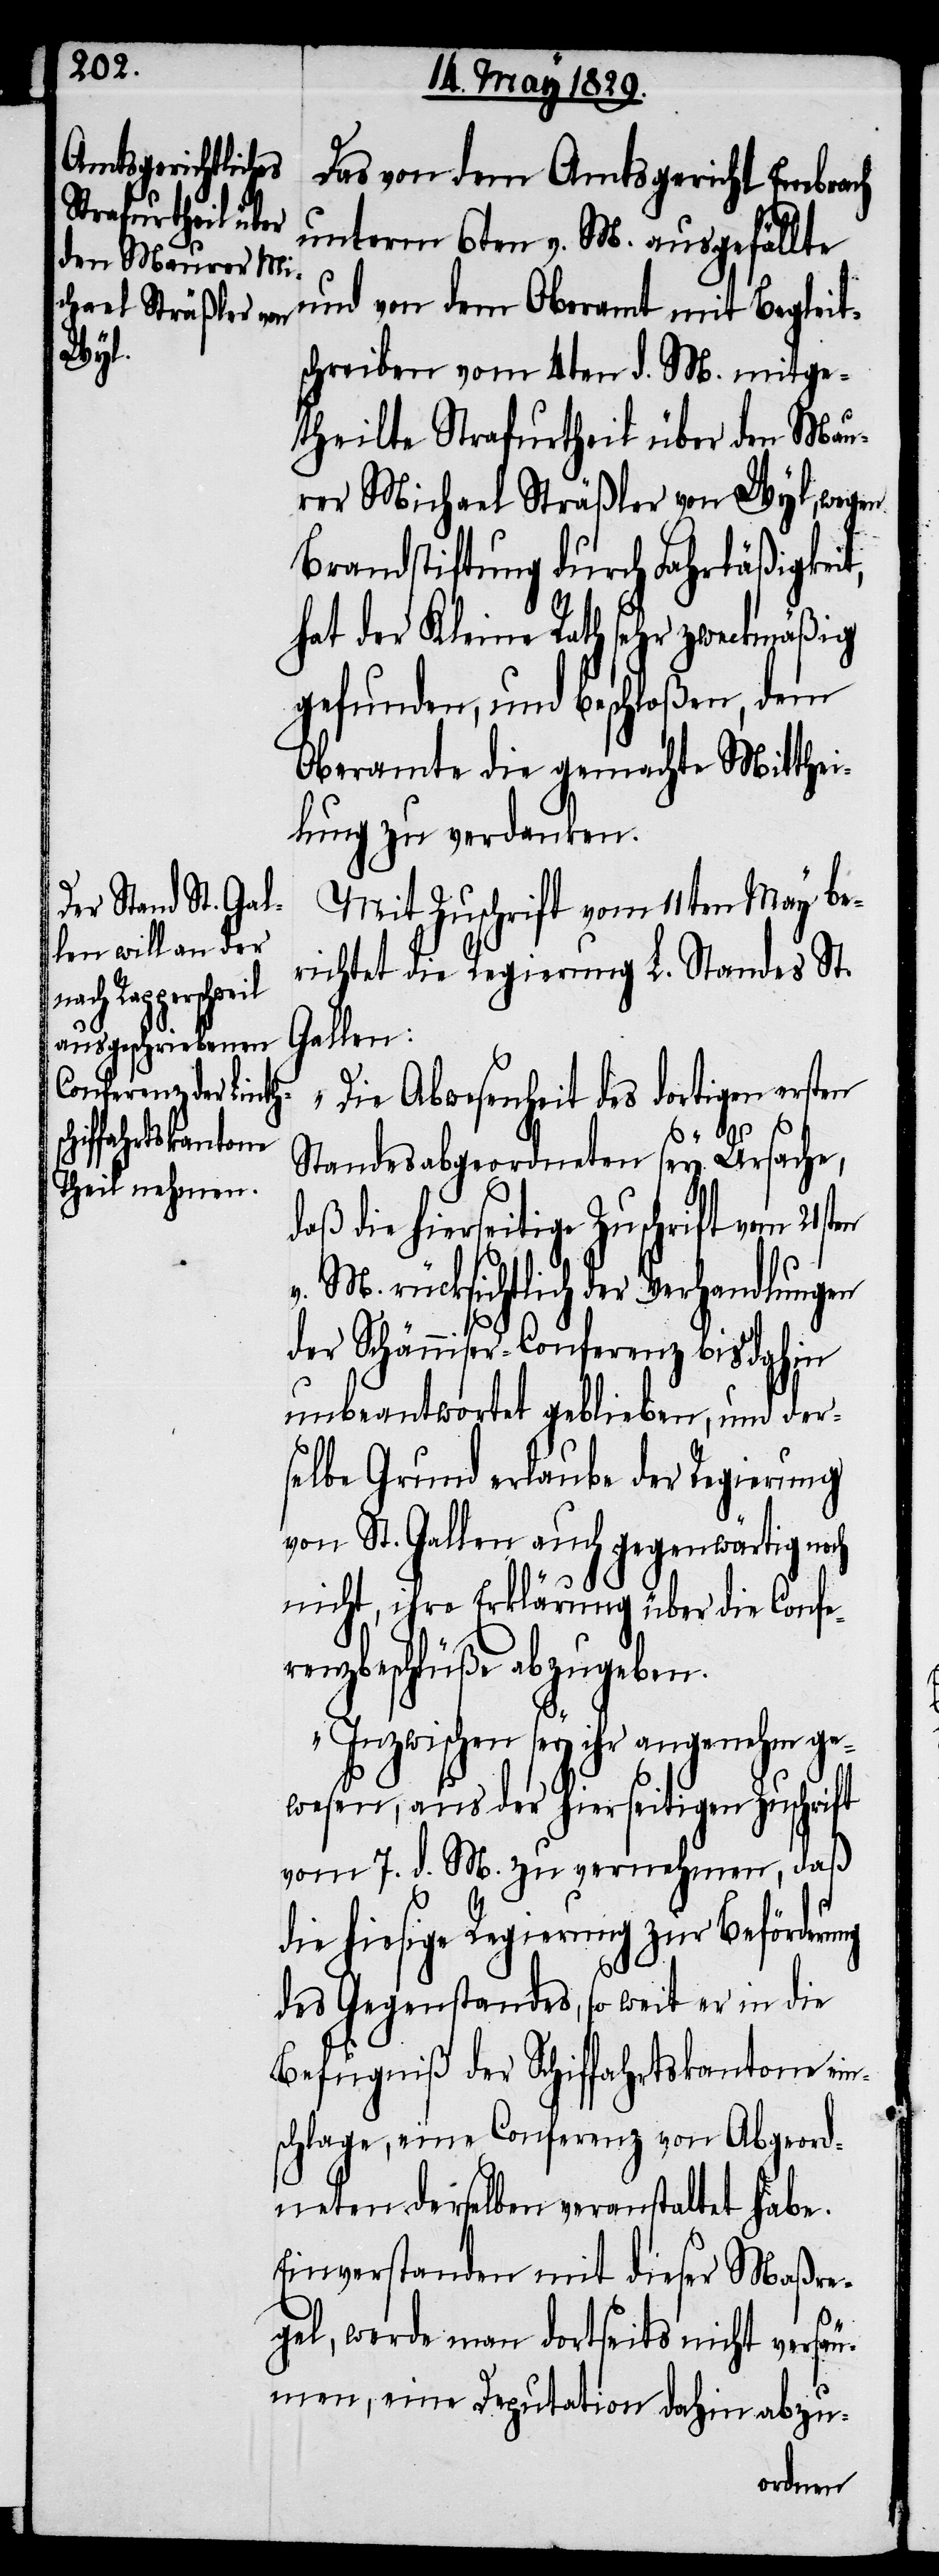
ng

Das von dem Amtsgericht Embrach
unterm 6ten v. M. ausgefällte
und von dem Oberamt mit Begleit¬
schreiben vom 4ten d. M. mitge¬
theilte Strafurtheil über den Mau¬
rer Michael Sträßler von Wyl, wegen
Brandstiftung durch Fahrläßigkeit,
hat der Kleine Rath sehr zweckmäßig
gefunden, und beschloßen, dem
Oberamte die gemachte Mitthei¬
lung zu verdanken.
Mit Zuschrift vom 11ten May be¬
richtet die Regierung L. Standes St.
Gallen:
„Die Abwesenheit des dortigen ersten
Standesabgeordneten sey Ursache,
daß die hierseitige Zuschrift vom
v. M. rücksichtlich der Verhandlungen
der Schänniser-Conferenz bis dahin
unbeantwortet geblieben, und der¬
selbe Grund erlaube der Regierung
von St. Gallen auch gegenwärtig
nicht, ihre Erklärung über die Confe¬
renzbeschlüße abzugeben.
Inzwischen sey ihr angenehm ge¬
wesen, aus der hierseitigen Zuschrift
vom 7. d. M. zu vernehmen, daß
die hiesige Regierung zur Beförderu¬
des Gegenstandes, so weit er die
Befugniße der Schiffahrtskantone ein¬
schlage, eine Conferenz von Abgeord¬
neten derselben veranstaltet habe.
Einverstanden mit dieser Maßre¬
gel, werde man dortseits nicht versäu¬
men, eine Deputation dahin abzu-